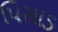
પિસાડ